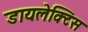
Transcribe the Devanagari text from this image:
डायलेक्टिस